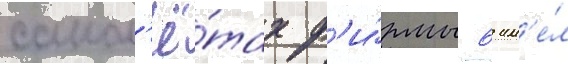
самол'ё́тах ф'и́рмы 6 им'е́л